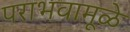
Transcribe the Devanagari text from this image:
पराभवामूळे